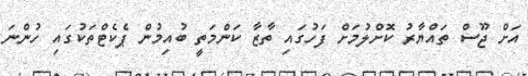
އަށް ޖޫސް ތައްޔާރު ކޮށްލުމަށް ފަހުގައި ތާޒާ ކަންމަތީ ބުއިމުން ޕެކެޓްތަކުގައި ހުންނަ